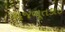
મજબૂતકાઇ